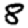
Digit: 8